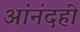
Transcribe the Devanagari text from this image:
आंनंदही